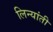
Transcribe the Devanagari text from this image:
लिन्यांती